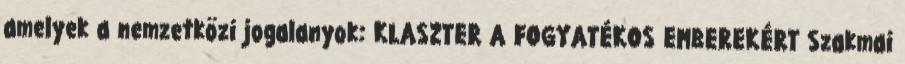
amelyek a nemzetközi jogalanyok: KLASZTER A FOGYATÉKOS EMBEREKÉRT Szakmai